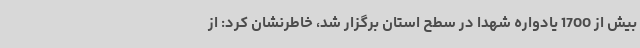
بیش از 1700 یادواره شهدا در سطح استان برگزار شد، خاطرنشان کرد: از